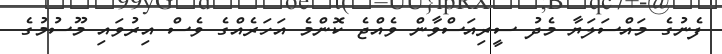
ފެނުގެ މައްސަލަޔާ މެދު ސީރިއަސްވާން ވެއްޖެ ކޮންމެ އަހަރެއްގެ ވެސް އިރުވައި މޫސުމުގެ